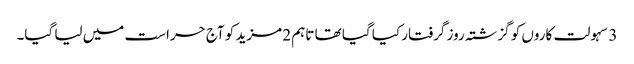
3 سہولت کاروں کو گزشتہ روز گرفتار کیا گیا تھا تاہم 2 مزید کو آج حراست میں لیا گیا۔